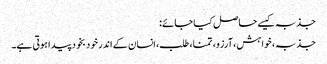
جذبہ کیسے حاصل کیا جائے:
جذبہ، خواہش، آرزو، تمنا، طلب، انسان کے اندر خود بخود پیدا ہوتی ہے۔